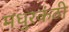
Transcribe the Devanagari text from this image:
मधुरकंठी